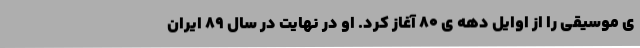
ی موسیقی را از اوایل دهه ی ۸۰ آغاز کرد. او در نهایت در سال ۸۹ ایران